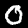
Digit: 0